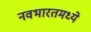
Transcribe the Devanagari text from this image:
नवभारतमध्ये